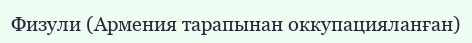
Физули (Армения тарапынан оккупацияланған)